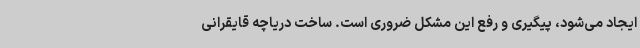
ایجاد می‌شود، پیگیری و رفع این مشکل ضروری است. ساخت دریاچه قایقرانی